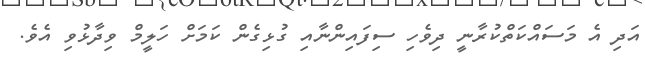
އަދި އެ މަސައްކަތްކުރާނީ ދިވެހި ސިފައިންނާއި ގުޅިގެން ކަމަށް ހަލީމް ވިދާޅުވި އެވެ.